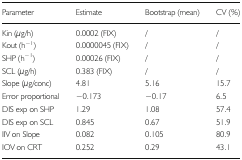
<table><thead><tr><td><b>Parameter</b></td><td><b>Estimate</b></td><td><b>Bootstrap (mean)</b></td><td><b>CV (%)</b></td></tr></thead><tbody><tr><td>Kin (μg/h)</td><td>0.0002 (FIX)</td><td>/</td><td>/</td></tr><tr><td>Kout (h<sup>−1</sup>)</td><td>0.0000045 (FIX)</td><td>/</td><td>/</td></tr><tr><td>SHP (h<sup>−1</sup>)</td><td>0.00026 (FIX)</td><td>/</td><td>/</td></tr><tr><td>SCL (μg/h)</td><td>0.383 (FIX)</td><td>/</td><td>/</td></tr><tr><td>Slope (μg/conc)</td><td>4.81</td><td>5.16</td><td>15.7</td></tr><tr><td>Error proportional</td><td>−0.173</td><td>−0.17</td><td>6.5</td></tr><tr><td>DIS exp on SHP</td><td>1.29</td><td>1.08</td><td>57.4</td></tr><tr><td>DIS exp on SCL</td><td>0.845</td><td>0.67</td><td>51.9</td></tr><tr><td>IIV on Slope</td><td>0.082</td><td>0.105</td><td>80.9</td></tr><tr><td>IOV on CRT</td><td>0.252</td><td>0.29</td><td>43.1</td></tr></tbody></table>